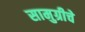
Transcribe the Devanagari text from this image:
सामुग्रीचे